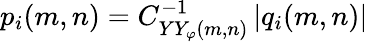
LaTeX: p_{i}(m,n)=C_{YY_{\varphi}(m,n)}^{-1}\left|q_{i}(m,n)\right|